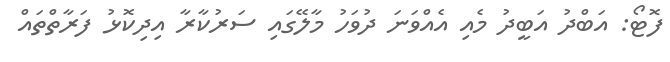
ފޮޓޯ: އަބްދު އަބީދު މެއި އެއްވަނަ ދުވަހު މާލޭގައި ސަރުކާރާ އިދިކޮޅު ފަރާތްތައް